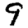
Digit: 9